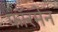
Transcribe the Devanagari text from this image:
फॉरमेन